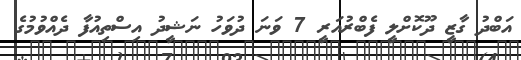
އަބްދު ގާޒީ ދޫކޮށްލީ ފެބްރުއަރީ 7 ވަނަ ދުވަހު ނަޝީދު އިސްތިއުފާ ދެއްވުމުގެ